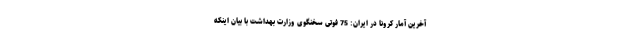
آخرین آمار کرونا در ایران: 75 فوتی سخنگوی وزارت بهداشت با بیان اینکه